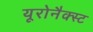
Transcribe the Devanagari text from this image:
यूरोनैक्स्ट